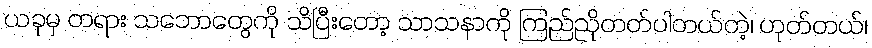
ယခုမှ တရား သဘောတွေကို သိပြီးတော့ သာသနာကို ကြည်ညိုတတ်ပါတယ်တဲ့၊ ဟုတ်တယ်၊